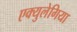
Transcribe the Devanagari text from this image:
एक्युलेगिया